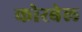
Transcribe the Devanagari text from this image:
कोरबेल